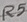
Text: R5